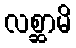
လစ္ဆာမိ